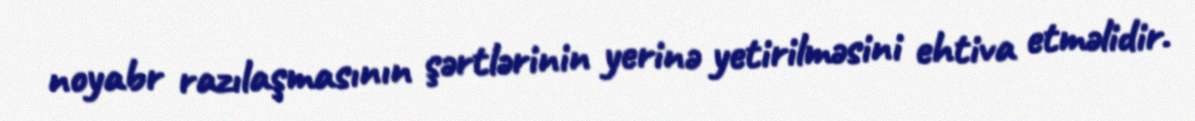
noyabr razılaşmasının şərtlərinin yerinə yetirilməsini ehtiva etməlidir.